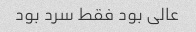
عالی بود فقط سرد بود